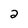
Character: 2